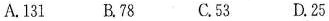
A.131B.78 C.53 D.25